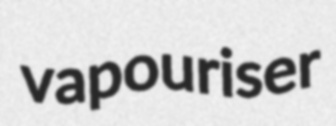
vapouriser